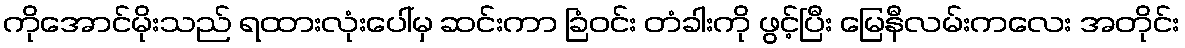
ကိုအောင်မိုးသည် ရထားလုံးပေါ်မှ ဆင်းကာ ခြံဝင်း တံခါးကို ဖွင့်ပြီး မြေနီလမ်းကလေး အတိုင်း